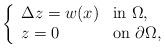
LaTeX: \begin{align*}\left \{ \begin{array}{ll}\Delta z=w(x) & \mbox{in $\Omega$,}\\z=0 & \mbox{on $\partial\Omega$,}\end{array}\right.\end{align*}